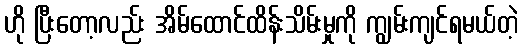
ဟို ပြီးတော့လည်း အိမ်ထောင်ထိန်းသိမ်းမှုကို ကျွမ်းကျင်ရမယ်တဲ့